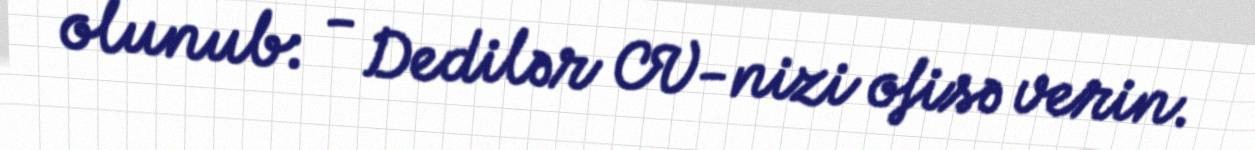
olunub: - Dedilər CV-nizi ofisə verin.